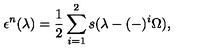
\epsilon ^ { n } ( \lambda ) = { \frac { 1 } { 2 } } \sum _ { i = 1 } ^ { 2 } s ( \lambda - ( - ) ^ { i } \Omega ) ,